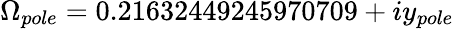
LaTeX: \Omega_{pole}=0.21632449245970709+iy_{pole}